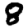
Digit: 8